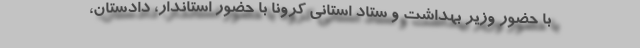
با حضور وزیر بهداشت و ستاد استانی کرونا با حضور استاندار، دادستان،